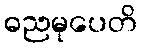
ဓညမုပေတိ